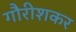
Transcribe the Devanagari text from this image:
गौरीशकर